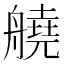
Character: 𦪛